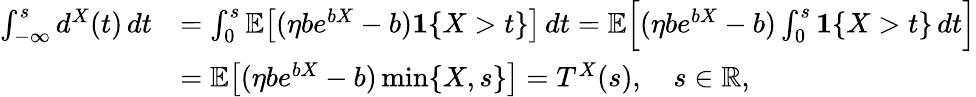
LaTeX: \begin{array}{rl}{\int_{-\infty}^{s}d^{X}(t)\, dt}&{=\int_{0}^{s}\mathbb{E}\big[(\eta be^{bX}-b)\mathbf{1}\{ X>t\} \big]\, dt=\mathbb{E}\Big[(\eta be^{bX}-b)\int_{0}^{s}\mathbf{1}\{ X>t\} \, dt\Big]}\\ &{=\mathbb{E}\big[(\eta be^{bX}-b)\operatorname*{min}\{ X,s\} \big]=T^{X}(s),\quad s\in\mathbb{R},}\end{array}